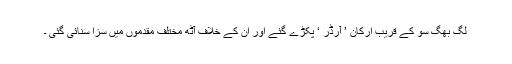
لگ بھگ سو کے قریب ارکان ِ’ آرڈر ‘ پکڑے گئے اور ان کے خلاف آٹھ مختلف مقدموں میں سزا سنائی گئی ۔